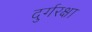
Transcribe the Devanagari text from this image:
दुर्गरक्षा